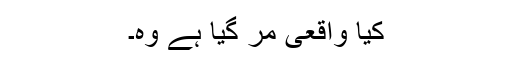
کیا واقعی مر گیا ہے وہ۔